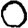
Digit: 0